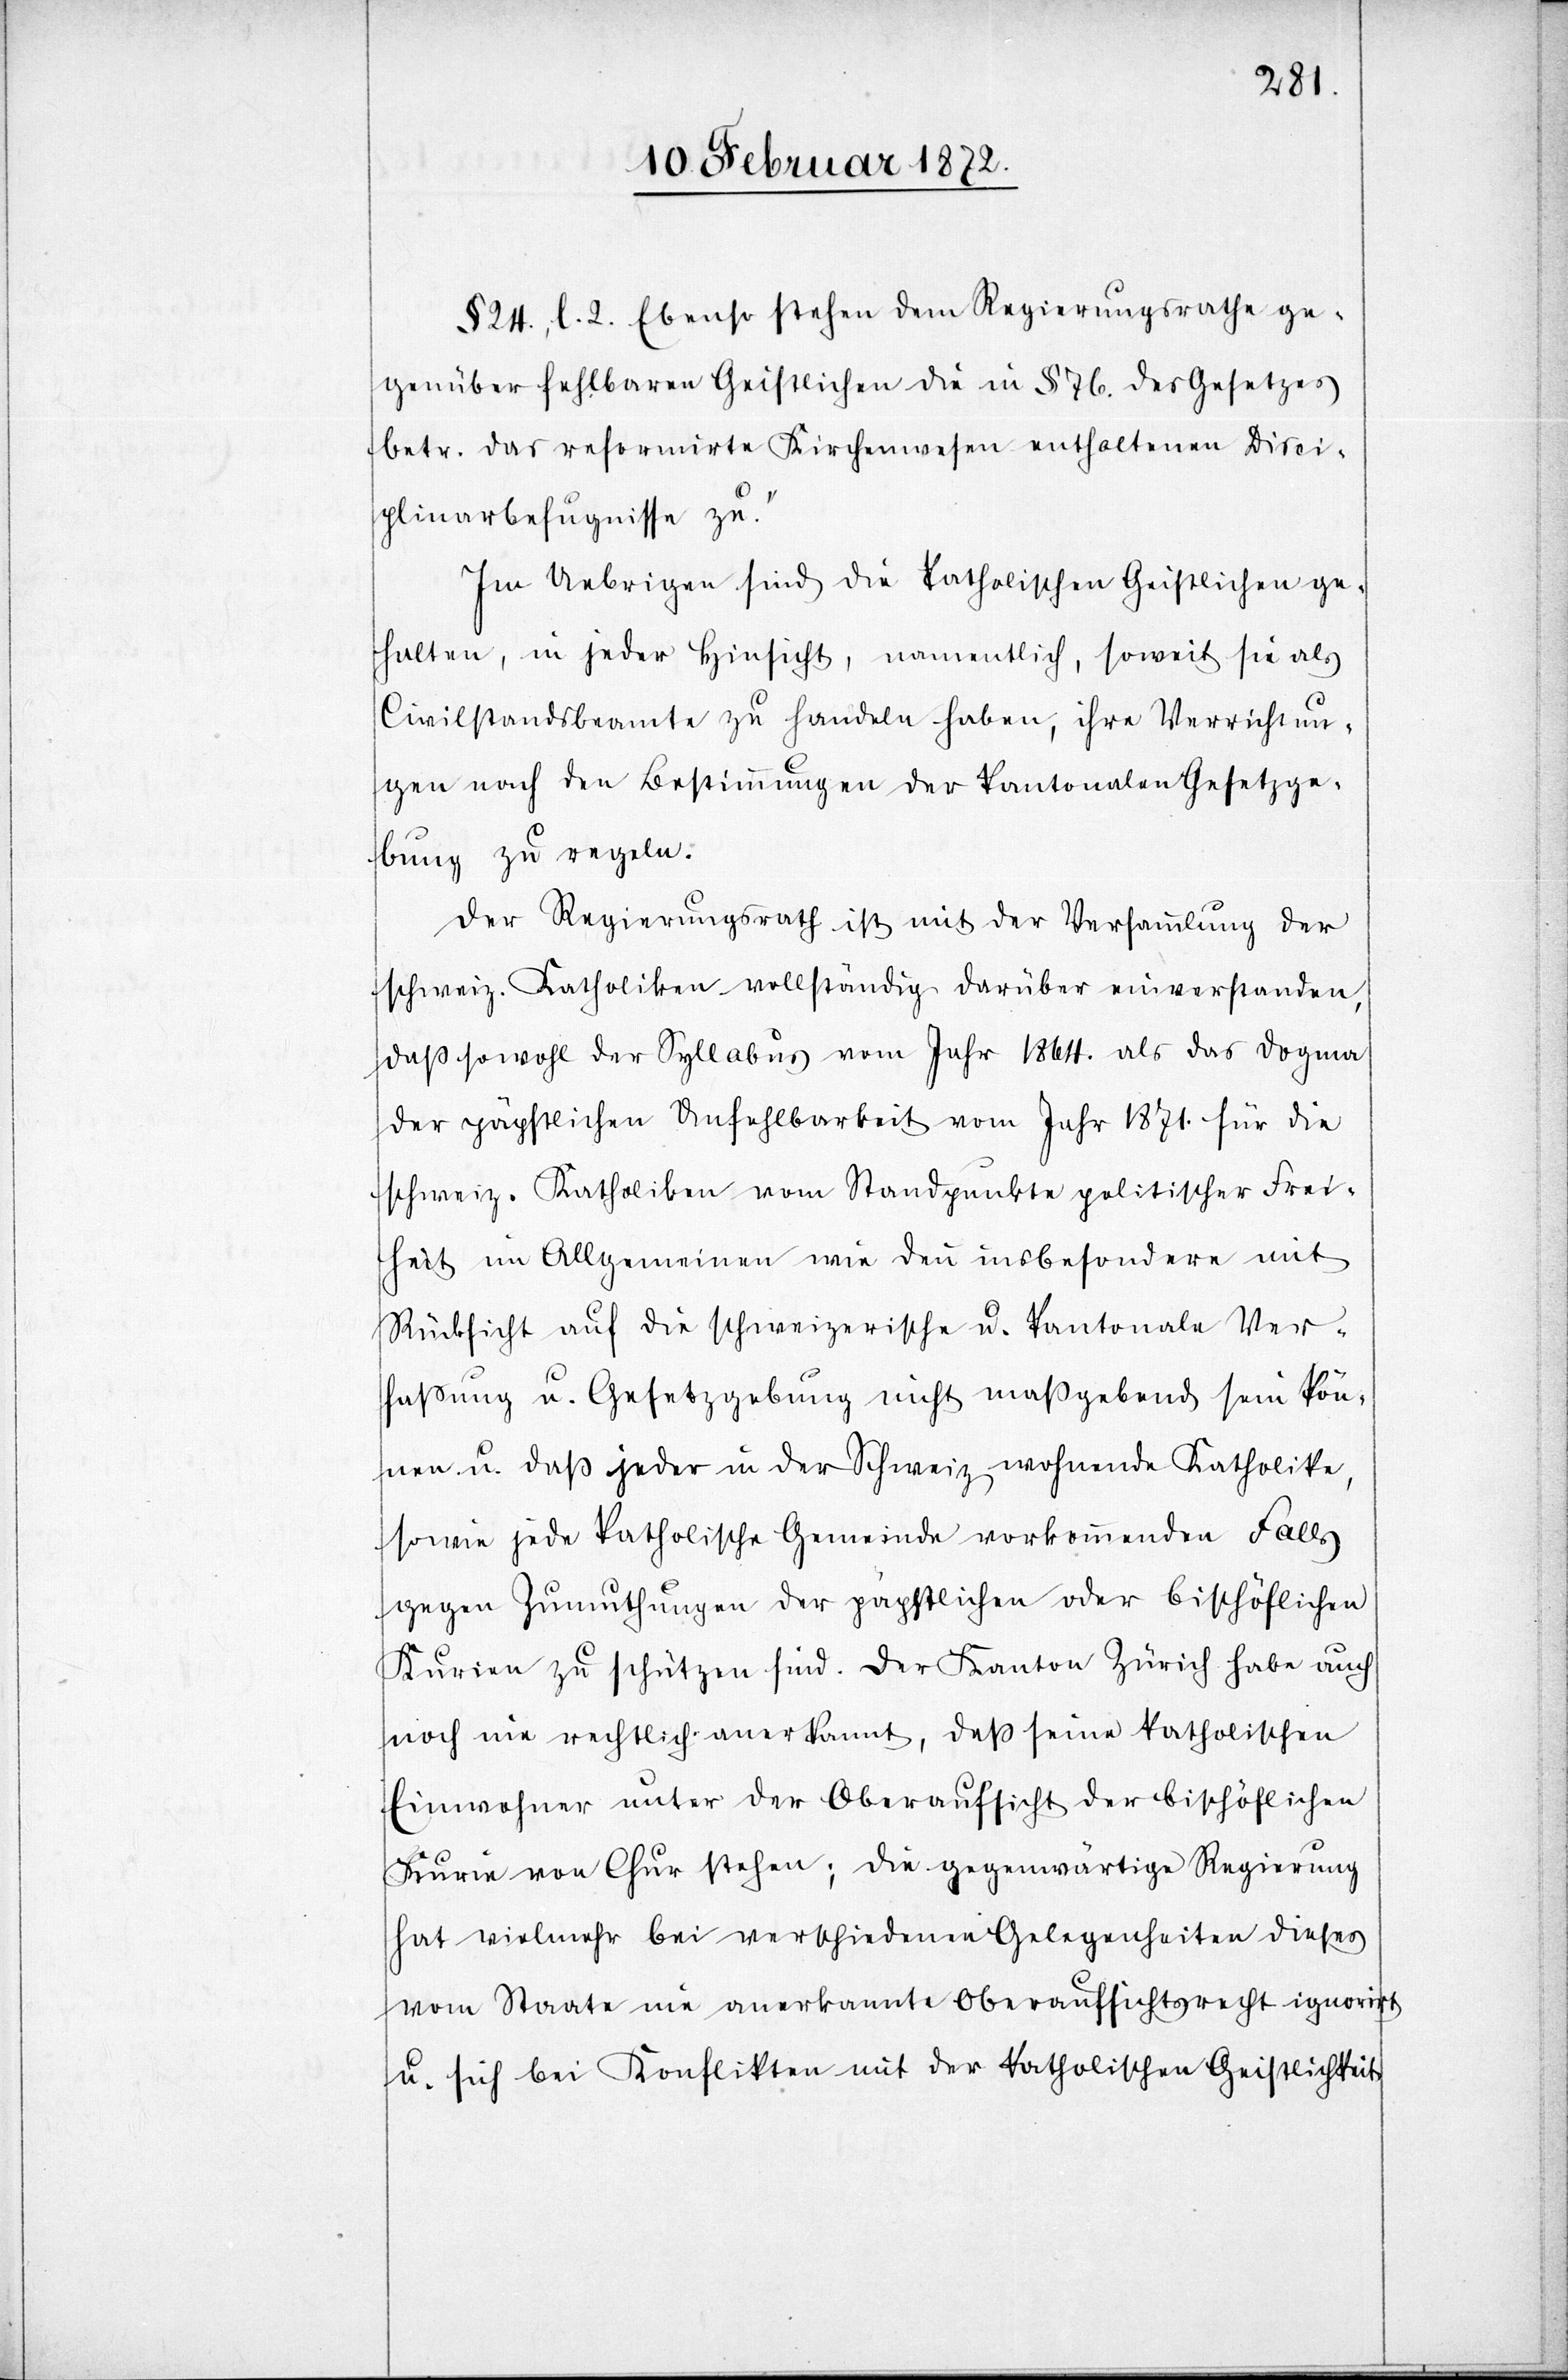
§ 24., l. 2. Ebenso stehen dem Regierungsrathe ge¬
genüber fehlbaren Geistlichen die in § 76. des Gesetzes
betr. das reformirte Kirchenwesen enthaltenen Disci¬
plinarbefugnisse zu.“
Im Uebrigen sind die katholischen Geistlichen ge¬
halten, in jeder Hinsicht, namentlich, soweit sie als
Civilstandsbeamte zu handeln haben, ihre Verrichtun¬
gen nach den Bestimmungen der kantonalen Gesetzge¬
bung zu regeln.
Der Regierungsrath ist mit der Versammlung der
schweiz. Katholiken vollständig darüber einverstanden,
daß sowohl der Syllabus vom Jahr 1864. als das Dogma
der päpstlichen Unfehlbarkeit vom Jahr 1871. für die
schweiz. Katholiken vom Standpunkte politischer Frei¬
heit im Allgemeinen wie denn insbesondere mit
Rücksicht auf die schweizerische u. kantonale Ver¬
fassung u. Gesetzgebung nicht maßgebend sein kön¬
nen u. daß jeder in der Schweiz wohnende Katholike,
sowie jede katholische Gemeinde vorkommenden Falls
gegen Zumuthungen der päpstlichen oder bischöflichen
Kurien zu schützen sind. Der Kanton Zürich habe auch
noch nie rechtlich anerkannt, daß seine katholischen
Einwohner unter der Oberaufsicht der bischöflichen
Kurie von Chur stehen; die gegenwärtige Regierung
hat vielmehr bei verschiedenen Gelegenheiten dieses
vom Staate nie anerkannte Oberaufsichtsrecht ignorirt
u. sich bei Konflikten mit der katholischen Geistlichkeit